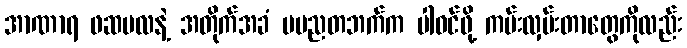
အာဏာရ ဖဆပလနဲ့ အတိုက်အခံ ပမညတဘက်က ပါဝင်ဖို့ ကမ်းလှမ်းတာတွေကိုလည်း